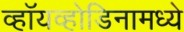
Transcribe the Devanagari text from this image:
व्हॉयव्होडिनामध्ये